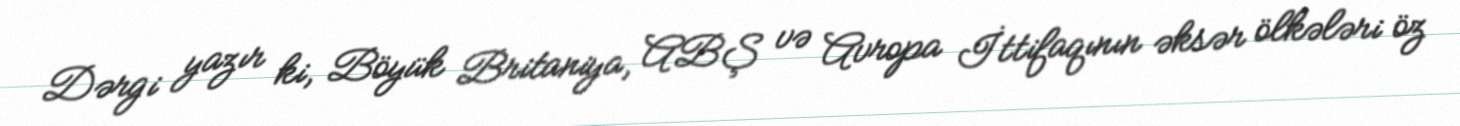
Dərgi yazır ki, Böyük Britaniya, ABŞ və Avropa İttifaqının əksər ölkələri öz